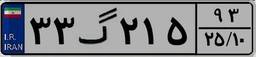
۰۸گ۶۳۲۸۱